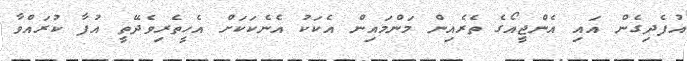
އުފެދިގެން އައި އެންޖީއޯގެ ތެރެއިން މަންމައިން އެކަކު އެނެކަކަަށް އެހީތެރިވެދޭތީ އުފާ ކުރައްވާ